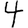
Digit: 4